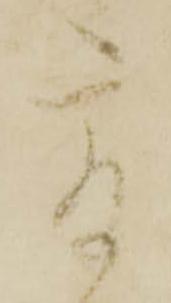
爰